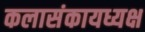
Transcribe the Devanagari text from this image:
कलासंकायध्यक्ष